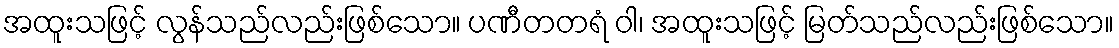
အထူးသဖြင့် လွန်သည်လည်းဖြစ်သော။ ပဏီတတရံ ဝါ၊ အထူးသဖြင့် မြတ်သည်လည်းဖြစ်သော။